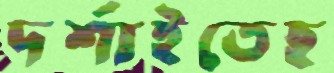
দর্শাইতেছ